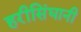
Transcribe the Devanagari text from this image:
हरीसिंघानी